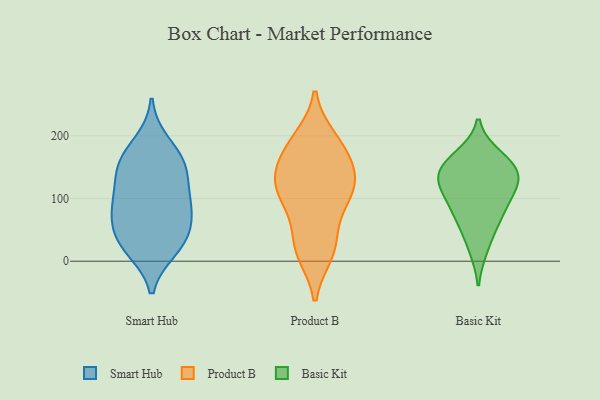
{"axis": {"x": "Shipments", "y": "Value"}, "legend": ["Basic Kit", "Product B", "Smart Hub"], "data": [{"x": "", "y": 98, "type": "Smart Hub"}, {"x": "", "y": 161, "type": "Smart Hub"}, {"x": "", "y": 21, "type": "Smart Hub"}, {"x": "", "y": 33, "type": "Smart Hub"}, {"x": "", "y": 189, "type": "Smart Hub"}, {"x": "", "y": 51, "type": "Smart Hub"}, {"x": "", "y": 86, "type": "Smart Hub"}, {"x": "", "y": 19, "type": "Smart Hub"}, {"x": "", "y": 86, "type": "Smart Hub"}, {"x": "", "y": 144, "type": "Smart Hub"}, {"x": "", "y": 156, "type": "Smart Hub"}, {"x": "", "y": 148, "type": "Smart Hub"}, {"x": "", "y": 54, "type": "Smart Hub"}, {"x": "", "y": 101, "type": "Smart Hub"}, {"x": "", "y": 114, "type": "Product B"}, {"x": "", "y": 54, "type": "Product B"}, {"x": "", "y": 143, "type": "Product B"}, {"x": "", "y": 188, "type": "Product B"}, {"x": "", "y": 195, "type": "Product B"}, {"x": "", "y": 24, "type": "Product B"}, {"x": "", "y": 96, "type": "Product B"}, {"x": "", "y": 127, "type": "Product B"}, {"x": "", "y": 108, "type": "Product B"}, {"x": "", "y": 13, "type": "Product B"}, {"x": "", "y": 141, "type": "Product B"}, {"x": "", "y": 16, "type": "Product B"}, {"x": "", "y": 108, "type": "Product B"}, {"x": "", "y": 183, "type": "Product B"}, {"x": "", "y": 161, "type": "Product B"}, {"x": "", "y": 133, "type": "Basic Kit"}, {"x": "", "y": 93, "type": "Basic Kit"}, {"x": "", "y": 21, "type": "Basic Kit"}, {"x": "", "y": 71, "type": "Basic Kit"}, {"x": "", "y": 154, "type": "Basic Kit"}, {"x": "", "y": 167, "type": "Basic Kit"}, {"x": "", "y": 119, "type": "Basic Kit"}, {"x": "", "y": 154, "type": "Basic Kit"}, {"x": "", "y": 114, "type": "Basic Kit"}, {"x": "", "y": 63, "type": "Basic Kit"}, {"x": "", "y": 136, "type": "Basic Kit"}]}